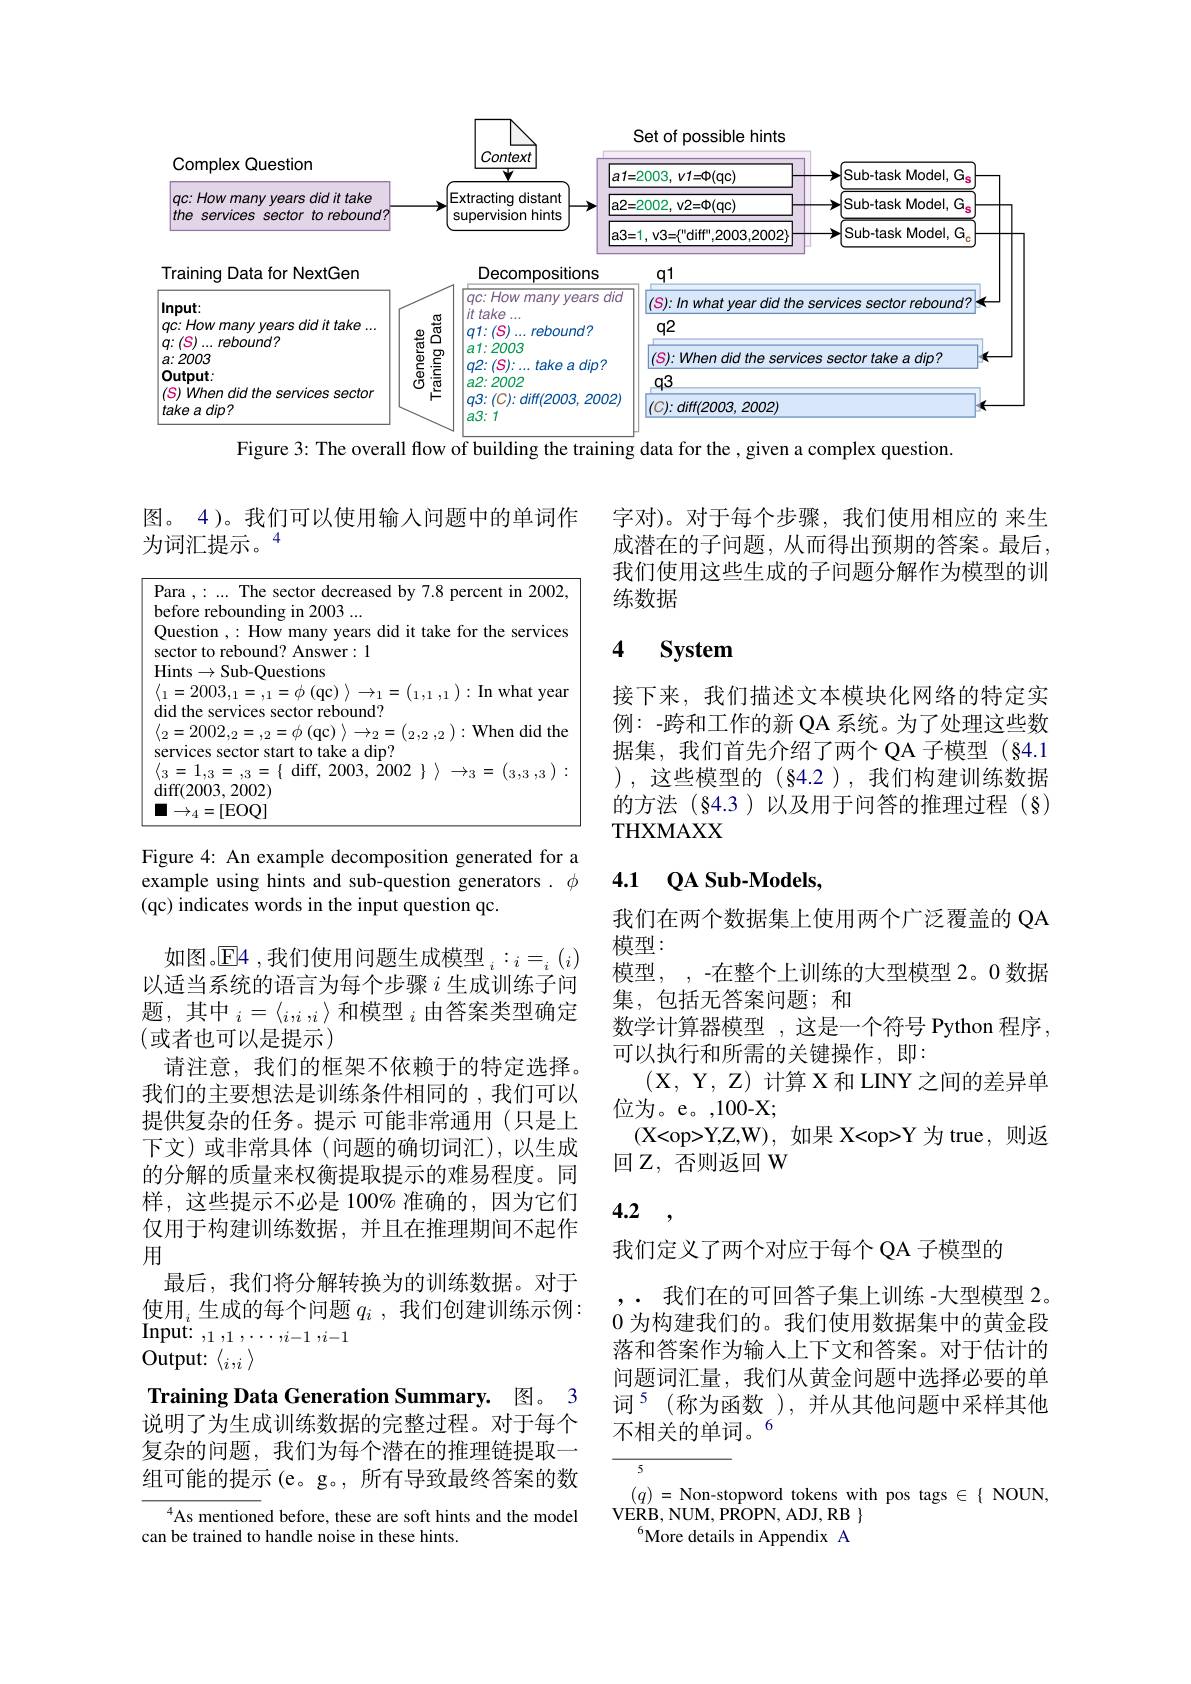
<FigureHere>

Figure 3: The overall flow of building the training data for the , given a complex question.

<table>
	<tbody>
		<tr>
			<td> </td>
			<td>4 )。我们可以使用输入问题中的单试 0 词汇提示。4</td>
		</tr>
	</tbody>
</table>

Figure 4: An example decomposition generated for a example using hints and sub-question generators $.\phi$ (qc) indicates words in the input question qc.

如图。$\mathbb{E}$4 ,我们使用问题生成模型$_i:_i=_i(_i)$ 以适当系统的语言为每个步骤$i$生成训练子问题，其中$_i=\langle_i,_i,_i\rangle\text{ 和模型 }_i$由答案类型确定(或者也可以是提示)
请注意，我们的框架不依赖于的特定选择。我们的主要想法是训练条件相同的 ,我们可以提供复杂的任务。提示 可能非常通用(只是上下文)或非常具体(问题的确切词汇),以生成的分解的质量来权衡提取提示的难易程度。同样，这些提示不必是 100% 准确的，因为它们仅用于构建训练数据，并且在推理期间不起作用
最后，我们将分解转换为的训练数据。对于使用$_i$生成的每个问题 $q_i$ ,我们创建训练示例： $\begin{array}{c}{\mathrm{Input:~},1,1,\cdots,i-1~,i-1}\\{\mathrm{O}}\end{array}$
Output: $\langle_i,_i\rangle$

Training Data Generation Summary. 图。3

说明了为生成训练数据的完整过程。对于每个复杂的问题，我们为每个潜在的推理链提取一组可能的提示(e。g。, 所有导致最终答案的数

As mentioned before, these are soft hints and the model
can be trained to handle noise in these hints.

字对)。对于每个步骤，我们使用相应的 来生成潜在的子问题，从而得出预期的答案。最后， 我们使用这些生成的子问题分解作为模型的训练数据

### 4 $\textbf{System}$

接下来，我们描述文本模块化网络的特定实例：-跨和工作的新 QA 系统。为了处理这些数据集，我们首先介绍了两个 QA 子模型 (§4.1 ),这些模型的(§4.2),我们构建训练数据的方法(84.3)以及用于问答的推理过程(§) THXMAXX

# 4.1 $QA$ Sub-Models,

我们在两个数据集上使用两个广泛覆盖的 QA
模型：
模型，, -在整个上训练的大型模型 2。0 数据
集，包括无答案问题；和
数学计算器模型 ,这是一个符号 Python 程序，
可以执行和所需的关键操作，即：
(X,Y,Z)计算 X 和 LINY 之间的差异单
位为。e。,100-X;
( X< op> Y, Z, W) , 如 果 X< op> Y 为 true, 则 返
回 Z, 否则返回 W

4.2 ,

我们定义了两个对应于每个 QA 子模型的

. 我们在的可回答子集上训练 -大型模型 2。0为构建我们的。我们使用数据集中的黄金段落和答案作为输入上下文和答案。对于估计的问题词汇量，我们从黄金问题中选择必要的单词$^{5}($称为函数 ),并从其他问题中采样其他不相关的单词。6

5

$(q)=$Non-stopword tokens with pos tags $\in\{$ NOUN,
VERB,  NUM,  PROPN,  ADJ,  RB$\}$
$^{6}$More details in Appendix A